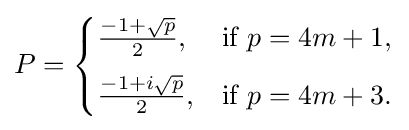
P={\begin{cases}{\frac {-1+{\sqrt {p}}}{2}},&{\text{if }}p=4m+1,\\[6pt]{\frac {-1+i{\sqrt {p}}}{2}},&{\text{if }}p=4m+3.\end{cases}}